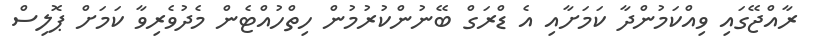
ރާއްޖޭގައި ވިއްކަމުންދާ ކަމަށާއި އެ ޑްރަގް ބޭނުންކުރުމުން ހިތްހުއްޓެން މެދުވެރިވާ ކަމަށް ޕޮލިސް